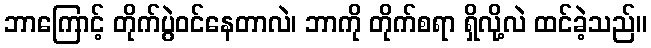
ဘာကြောင့် တိုက်ပွဲဝင်နေတာလဲ၊ ဘာကို တိုက်စရာ ရှိလို့လဲ ထင်ခဲ့သည်။